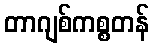
တာဂျစ်ကစ္စတန်